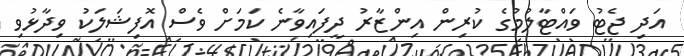
އަދި ޖެޓު ވައްޓާލުމުގެ ކުރިން އިންޒާރު ދީފައިވާނެ ކަމަށް ވެސް އޮފިޝަލަކު ވިދާޅުވި